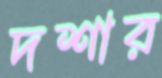
দশার